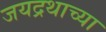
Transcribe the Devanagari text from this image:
जयद्रथाच्या